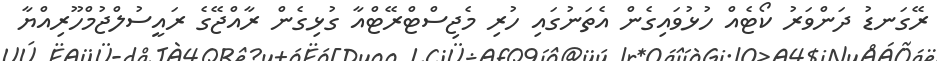
ރޭގަނޑު ދަންވަރު ކޯޓެއް ހުޅުވައިގެން އެތަނުގައި ހުރި މެޖިސްޓްރޭޓްއާ ގުޅިގެން ރާއްޖޭގެ ރައީސުލްޖުމްހޫރިއްޔާ